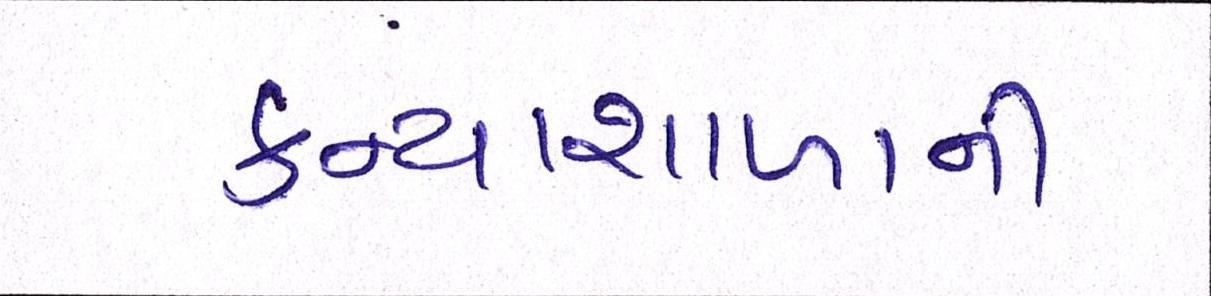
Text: કન્યાશાળાની